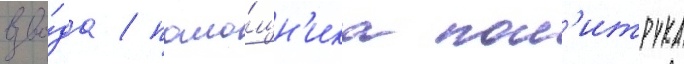
взво́да / помо́щн'ика пол'итрука